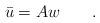
LaTeX: \begin{align*}\bar{u} = A w\qquad.\end{align*}